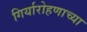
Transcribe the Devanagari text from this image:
गिर्यारोहणाच्या